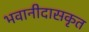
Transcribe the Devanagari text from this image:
भवानीदासकृत